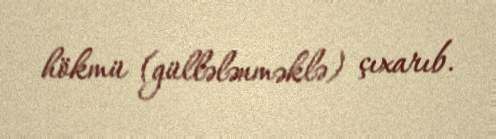
hökmü (güllələnməklə) çıxarıb.